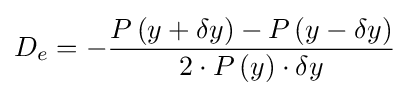
D_{e}=-{\frac {P\left({y+\delta y}\right)-P\left({y-\delta y}\right)}{2\cdot P\left(y\right)\cdot \delta y}}